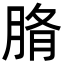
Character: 𦜂